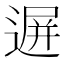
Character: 𨔧